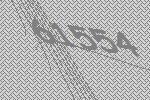
61554